Assam Mental Hospital (Tezpur, India) - 1933-1948
Year: 1933
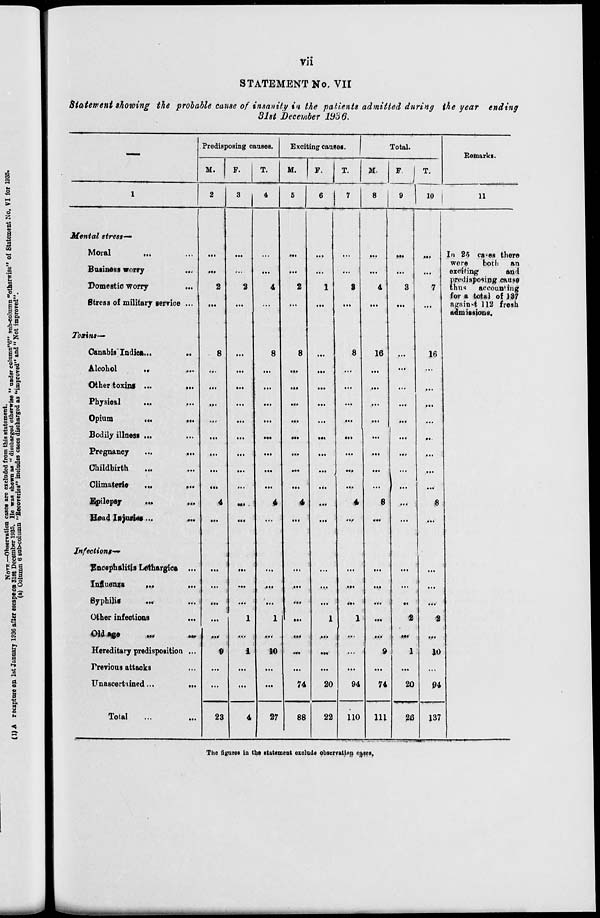
vii
STATEMENT No. VII
Statement showing the probable cause of insanity in the patients admitted during the year ending
31st December 1936.
—
1
Mental stress—
Moral ... ...
Business worry ...
Domestic worry ...
Stress of military service ...
Toxins—
Canabis Indica... ...
Alcohol ... ...
Other toxins ... ...
Physical ... ...
Opium ... ...
Bodily illness ... ...
Pregnancy
...
...
Childbirth ... ...
Climaterte ... ...
Epilepsy ... ...
Head Injuries ... ...
Infections—
Encephslitis Lethargica ...
Influenza ... ...
Syphilis ... ...
Other infections ...
Old age ... ...
Hereditary predisposition ...
Previous attacks ...
Unascertained...
...
Total ... ...
Predisposing causes.
M.
2
...
...
2
...
8
...
...
...
...
...
...
...
...
4
...
...
...
...
...
9
...
...
23
F.
3
...
...
2
...
...
...
...
...
...
...
...
...
...
...
...
...
...
I
...
1
...
i
...
...
4
T.
4
...
...
4
...
8
...
...
...
...
...
...
...
...
4
...
...
...
...
1
...
10
...
...
27
Exciting causes.
M.
5
...
...
2
...
8
...
...
...
...
...
...
...
...
4
...
...
...
...
...
...
...
...
74
88
F.
6
...
...
1
...
...
...
...
...
...
...
...
...
...
...
...
...
...
...
1
...
...
...
20
22
T.
7
...
...
3
...
8
...
...
...
...
...
...
...
...
4
...
...
...
...
1
...
...
...
94
110
Total.
M.
8
...
...
4
...
16
...
...
...
...
...
...
...
...
6
...
...
...
...
...
...
9
...
74
111
F.
9
...
...
3
...
...
...
...
...
...
...
...
...
...
...
...
...
...
...
2
...
1
...
20
26
T.
10
...
...
7
...
16
...
...
...
...
...
...
...
...
8
...
...
...
...
2
...
10
...
94
137
Remarks.
11
In 25 cases there
were
both an
exciting
and
predisposing cause
thus
accounting
lor a total of 127
against 112 fresh
admissions.
The figures in the statement exclude observation cases.